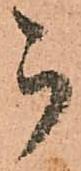
被